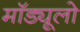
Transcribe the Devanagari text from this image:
मॉड्यूलो